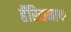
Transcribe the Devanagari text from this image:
हॅरिसनाचा